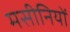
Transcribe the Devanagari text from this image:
मसीनियों